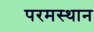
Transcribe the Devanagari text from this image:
परमस्थान